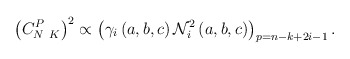
\begin{align*}\left( C_{N\ K}^{P}\right) ^{2}\propto \left( \gamma _{i}\left( a,b,c\right) \mathcal{N}_{i}^{2}\left( a,b,c\right) \right) _{p=n-k+2i-1}. \end{align*}